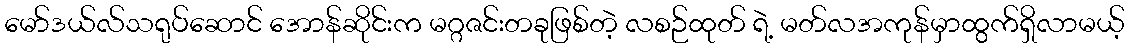
မော်ဒယ်လ်သရုပ်ဆောင် အောန်ဆိုင်းက မဂ္ဂဇင်းတခုဖြစ်တဲ့ လစဉ်ထုတ် ရဲ့ မတ်လအကုန်မှာထွက်ရှိလာမယ့်